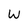
Character: W